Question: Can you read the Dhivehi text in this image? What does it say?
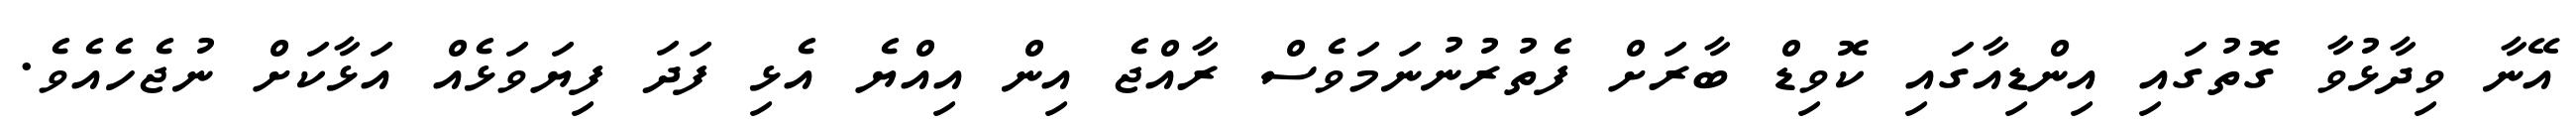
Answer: އޭނާ ވިދާޅުވާ ގޮތުގައި އިންޑިއާގައި ކޮވިޑް ބާރަށް ފެތުރުނުނަމަވެސް ރާއްޖެ އިން އިއްޔެ އެޅި ފަދަ ފިޔަވަޅެއް އަޅާކަށް ނުޖެހެއެވެ.